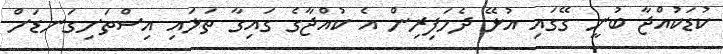
ކުޑަކުއްޖާ ބުނީ ގޭގައި އުޅޭ ދެމަފިރިން އެ ކުއްޖާގެ ގައިގާ ތަޅައި އިސްތަށިގަނޑަށް